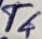
Text: T4